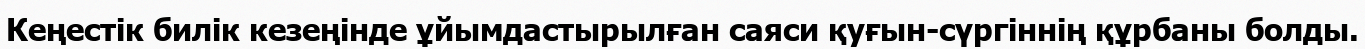
Кеңестік билік кезеңінде ұйымдастырылған саяси қуғын-сүргіннің құрбаны болды.